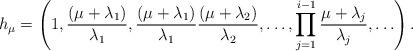
LaTeX: \begin{align*}h_\mu=\left(1,\frac{(\mu+\lambda_1)}{\lambda_1},\frac{(\mu+\lambda_1)}{{\lambda_1}}\frac{(\mu+\lambda_2)}{\lambda_2},\ldots,\prod_{j=1}^{i-1}\frac{\mu+\lambda_j}{\lambda_j},\ldots\right).\end{align*}